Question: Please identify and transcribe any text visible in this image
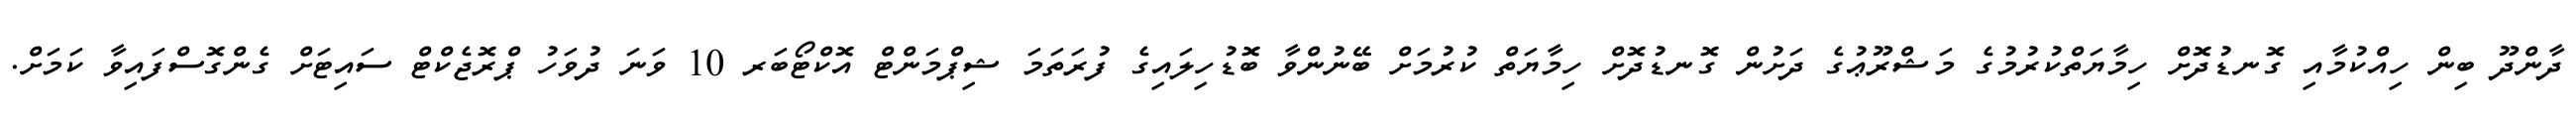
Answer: ދާންދޫ ބިން ހިއްކުމާއި ގޮނޑުދޮށް ހިމާޔަތްކުރުމުގެ މަޝްރޫޢުގެ ދަށުން ގޮނޑުދޮށް ހިމާޔަތް ކުރުމަށް ބޭނުންވާ ބޮޑުހިލައިގެ ފުރަތަމަ ޝިޕްމަންޓް އޮކްޓޯބަރ 10 ވަނަ ދުވަހު ޕްރޮޖެކްޓް ސައިޓަށް ގެންގޮސްފައިވާ ކަމަށް.